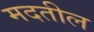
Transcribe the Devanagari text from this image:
मदतील